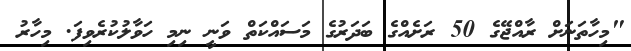
"މިހާތަނަށް ރާއްޖޭގެ 50 ރަށެއްގެ ބަދަރުގެ މަސައްކަތް ވަނީ ނިމި ހަވާލުކުރެވިފަ. މިހާރު